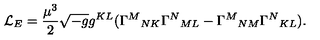
{ \cal L } _ { E } = \frac { \mu ^ { 3 } } { 2 } \sqrt { - g } g ^ { K L } ( \Gamma ^ { M } { } _ { N K } \Gamma ^ { N } { } _ { M L } - \Gamma ^ { M } { } _ { N M } \Gamma ^ { N } { } _ { K L } ) .